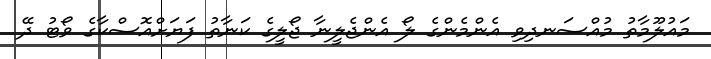
މައުލޫމާތު މުއްސަނދިވި އެންމެންގެ ލޯ އެންޖެލީނާ ޖޯލީގެ ކަނާތު ފަޔަށްއޮސްކާގެ ވޯޓު ދޭ